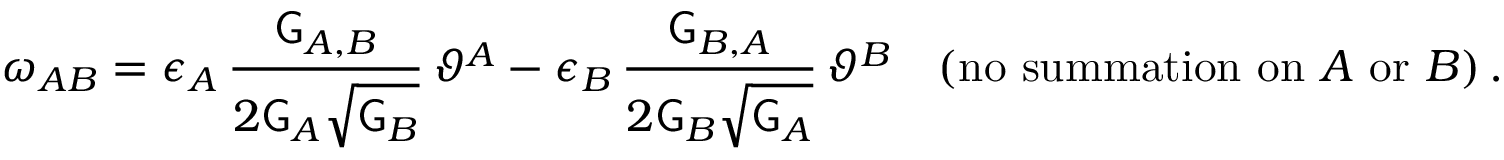
\omega _ { A B } = \epsilon _ { A } \, \frac { \mathsf { G } _ { A , B } } { 2 \mathsf { G } _ { A } \sqrt { \mathsf { G } _ { B } } } \, \vartheta ^ { A } - \epsilon _ { B } \, \frac { \mathsf { G } _ { B , A } } { 2 \mathsf { G } _ { B } \sqrt { \mathsf { G } _ { A } } } \, \vartheta ^ { B } \quad ( \mathrm { n o ~ s u m m a t i o n ~ o n } ~ A ~ \mathrm { o r } ~ B ) \, .